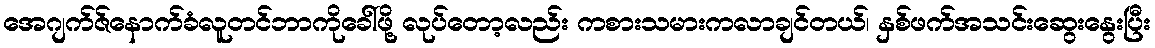
အေဂျက်ဇ်နောက်ခံလူတင်ဘာကိုခေါ်ဖို့ လုပ်တော့လည်း ကစားသမားကလာချင်တယ်၊ နှစ်ဖက်အသင်းဆွေးနွေးပြီး